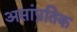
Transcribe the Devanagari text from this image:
असांप्रतिक